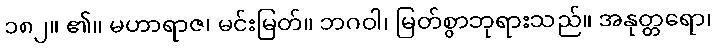
၁၈၂။ ၏။ မဟာရာဇ၊ မင်းမြတ်။ ဘဂဝါ၊ မြတ်စွာဘုရားသည်။ အနုတ္တရော၊